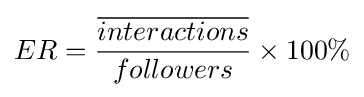
ER={\frac {\overline {interactions}}{followers}}\times 100\%